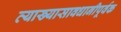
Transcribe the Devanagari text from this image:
व्याख्यासावधानीपूर्वक